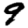
Digit: 9